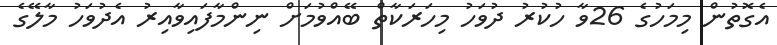
އެގޮތުން މިމަހުގެ 26ވާ ހުކުރު ދުވަހު މިހަރަކާތް ބޭއްވުމަށް ނިންމާފައިވާއިރު އެދުވަހު މާލޭގެ